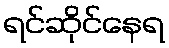
ရင်ဆိုင်နေရ